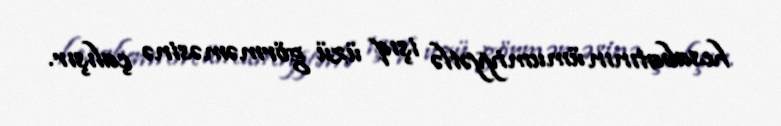
hesabatının ümumiyyətlə işıq üzü görməməsinə çalışır.